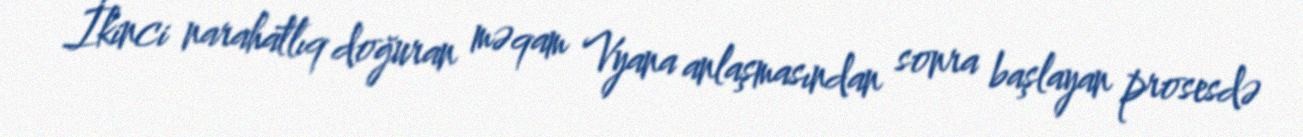
İkinci narahatlıq doğuran məqam Vyana anlaşmasından sonra başlayan prosesdə